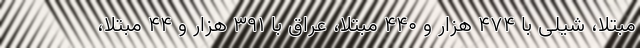
مبتلا، شیلی با ۴۷۴ هزار و ۴۴۰ مبتلا، عراق با ۳۹۱ هزار و ۴۴ مبتلا،